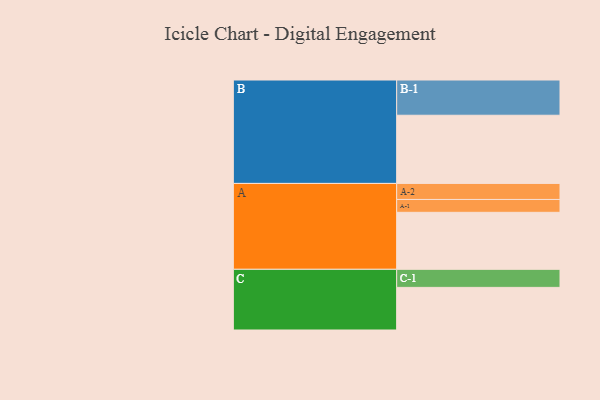
{"axis": {"x": "Segment", "y": "Value"}, "legend": ["", "A", "B", "C"], "data": [{"x": "A", "y": 448, "type": ""}, {"x": "B", "y": 536, "type": ""}, {"x": "C", "y": 335, "type": ""}, {"x": "A-1", "y": 101, "type": "A"}, {"x": "A-2", "y": 126, "type": "A"}, {"x": "B-1", "y": 277, "type": "B"}, {"x": "C-1", "y": 142, "type": "C"}]}